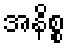
အနိစ္စ